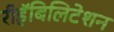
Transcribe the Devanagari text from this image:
रीहॅबिलिटेशन